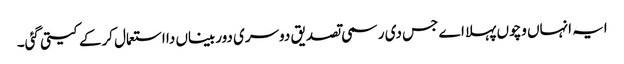
ایہ انہاں وچو‏ں پہلا اے جس دی رسمی تصدیق دوسری دوربیناں دا استعمال کرکے کیتی گئی۔